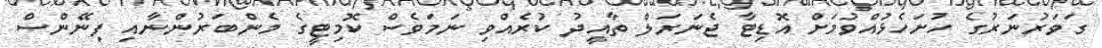
ގަވަރުނަރުގެ ހުށަހެޅުއްވުމަށް އޮޑިޓާ ޖެނަރަލް ތާއީދު ކުރެއްވި ނަމަވެސް ކޮމިޓީގެ މެންބަރުންނާއި ފިނޭންސް